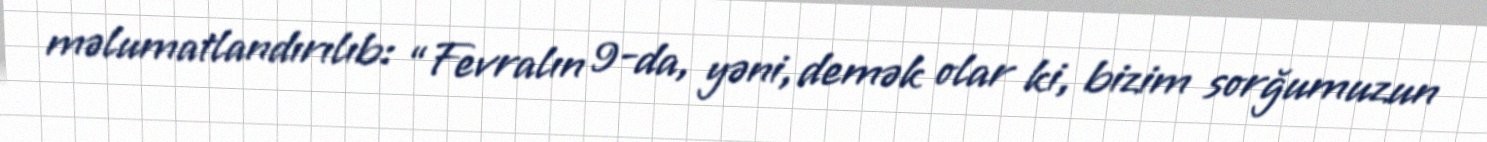
məlumatlandırılıb: “Fevralın 9-da, yəni, demək olar ki, bizim sorğumuzun